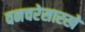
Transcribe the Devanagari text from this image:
वनचरेसारखे